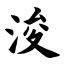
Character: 浚